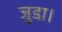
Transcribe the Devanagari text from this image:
जुडा़।